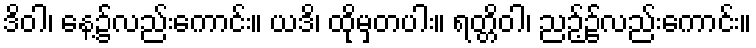
ဒိဝါ၊ နေ့၌လည်းကောင်း။ ယဒိ၊ ထိုမှတပါး။ ရတ္တိဝါ၊ ညဉ့်၌လည်းကောင်း။